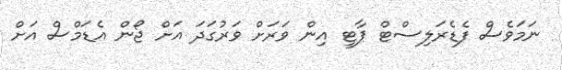
ނަމަވެސް ފެޑެރަލިސްޓް ޕާޓީ އިން ވަރަށް ވަރުގަދަ އަށް ޖޯން އެޑަމްސް އަށް